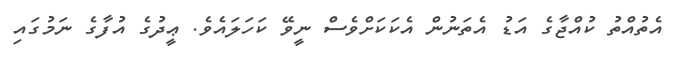
އެތުއްތު ކުއްޖާގެ އަޑު އެތަނުން އެކަކަށްވެސް ނީވޭ ކަހަލައެވެ. ޢީދުގެ އުފާގެ ނަމުގައި